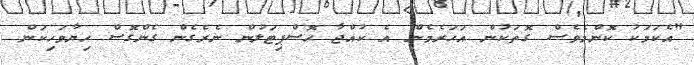
"އެކަމަކު ކޮންމެވެސް ގޮތަކުން އަހަރެމެން އެ ކުއްޖާ ހޮސްޕިޓަލުން ނެރެގެން ގެންގޮސް ހިޔާވަހިކަން